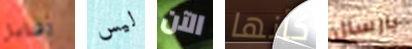
اقابل ليس الآن كأنها بارسال